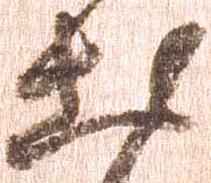
出